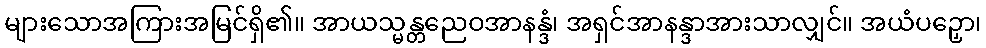
များသောအကြားအမြင်ရှိ၏။ အာယသ္မန္တညေဝအာနန္ဒံ၊ အရှင်အာနန္ဒာအားသာလျှင်။ အယံပဉှော၊